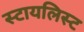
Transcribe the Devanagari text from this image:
स्टायलिस्ट